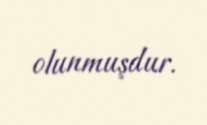
olunmuşdur.